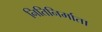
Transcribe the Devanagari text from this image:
नितिनिर्माता